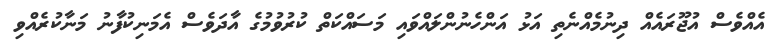
އެއްވެސް އުޖޫރައެއް ދިނުމެއްނެތި އަޅު އަންހެނުންލައްވައި މަސައްކަތް ކުރުވުމުގެ އާދަވެސް އެމަނިކުފާނު މަނާކުރެއްވި